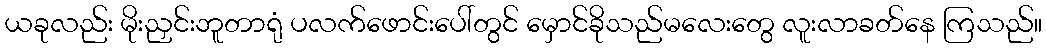
ယခုလည်း မိုးညှင်းဘူတာရုံ ပလက်ဖောင်းပေါ်တွင် မှောင်ခိုသည်မလေးတွေ လူးလာခတ်နေ ကြသည်။